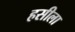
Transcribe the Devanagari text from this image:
हसीला